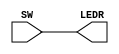
module SW_to_LEDR (SW,LEDR);

	input [9:0] SW;
	output [9:0] LEDR;
	
	assign LEDR = SW;

endmodule